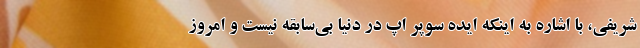
شریفی، با اشاره به اینکه ایده سوپر اپ در دنیا بی‌سابقه نیست و امروز